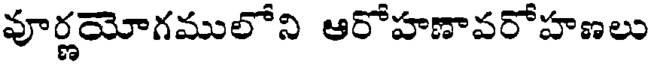
వూర్ణయోగములోని ఆరోహణావరోహణలు